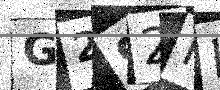
Text: G2S2HI